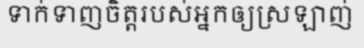
ទាក់ទាញចិត្តរបស់អ្នកឲ្យស្រឡាញ់